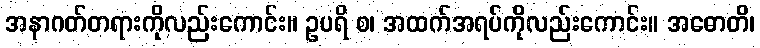
အနာဂတ်တရားကိုလည်းကောင်း။ ဥပရိ စ၊ အထက်အရပ်ကိုလည်းကောင်း။ အဓောတိ၊